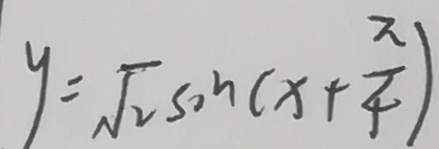
y = \sqrt { 2 } \sin ( x + \frac { \pi } { 4 } )